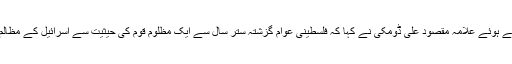
اس موقع پر گفتگو کرتے ہوئے علامہ مقصود علی ڈومکی نے کہا کہ فلسطینی عوام گزشتہ ستر سال سے ایک مظلوم قوم کی حیثیت سے اسرائیل کے مظالم برداشت کر رہے ہیں۔